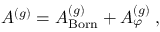
A ^ { ( g ) } = A _ { \mathrm { B o r n } } ^ { ( g ) } + A _ { \varphi } ^ { ( g ) } \; ,